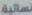
نسائية